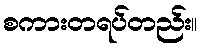
စကားတရပ်တည်း။